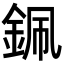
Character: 𨦨